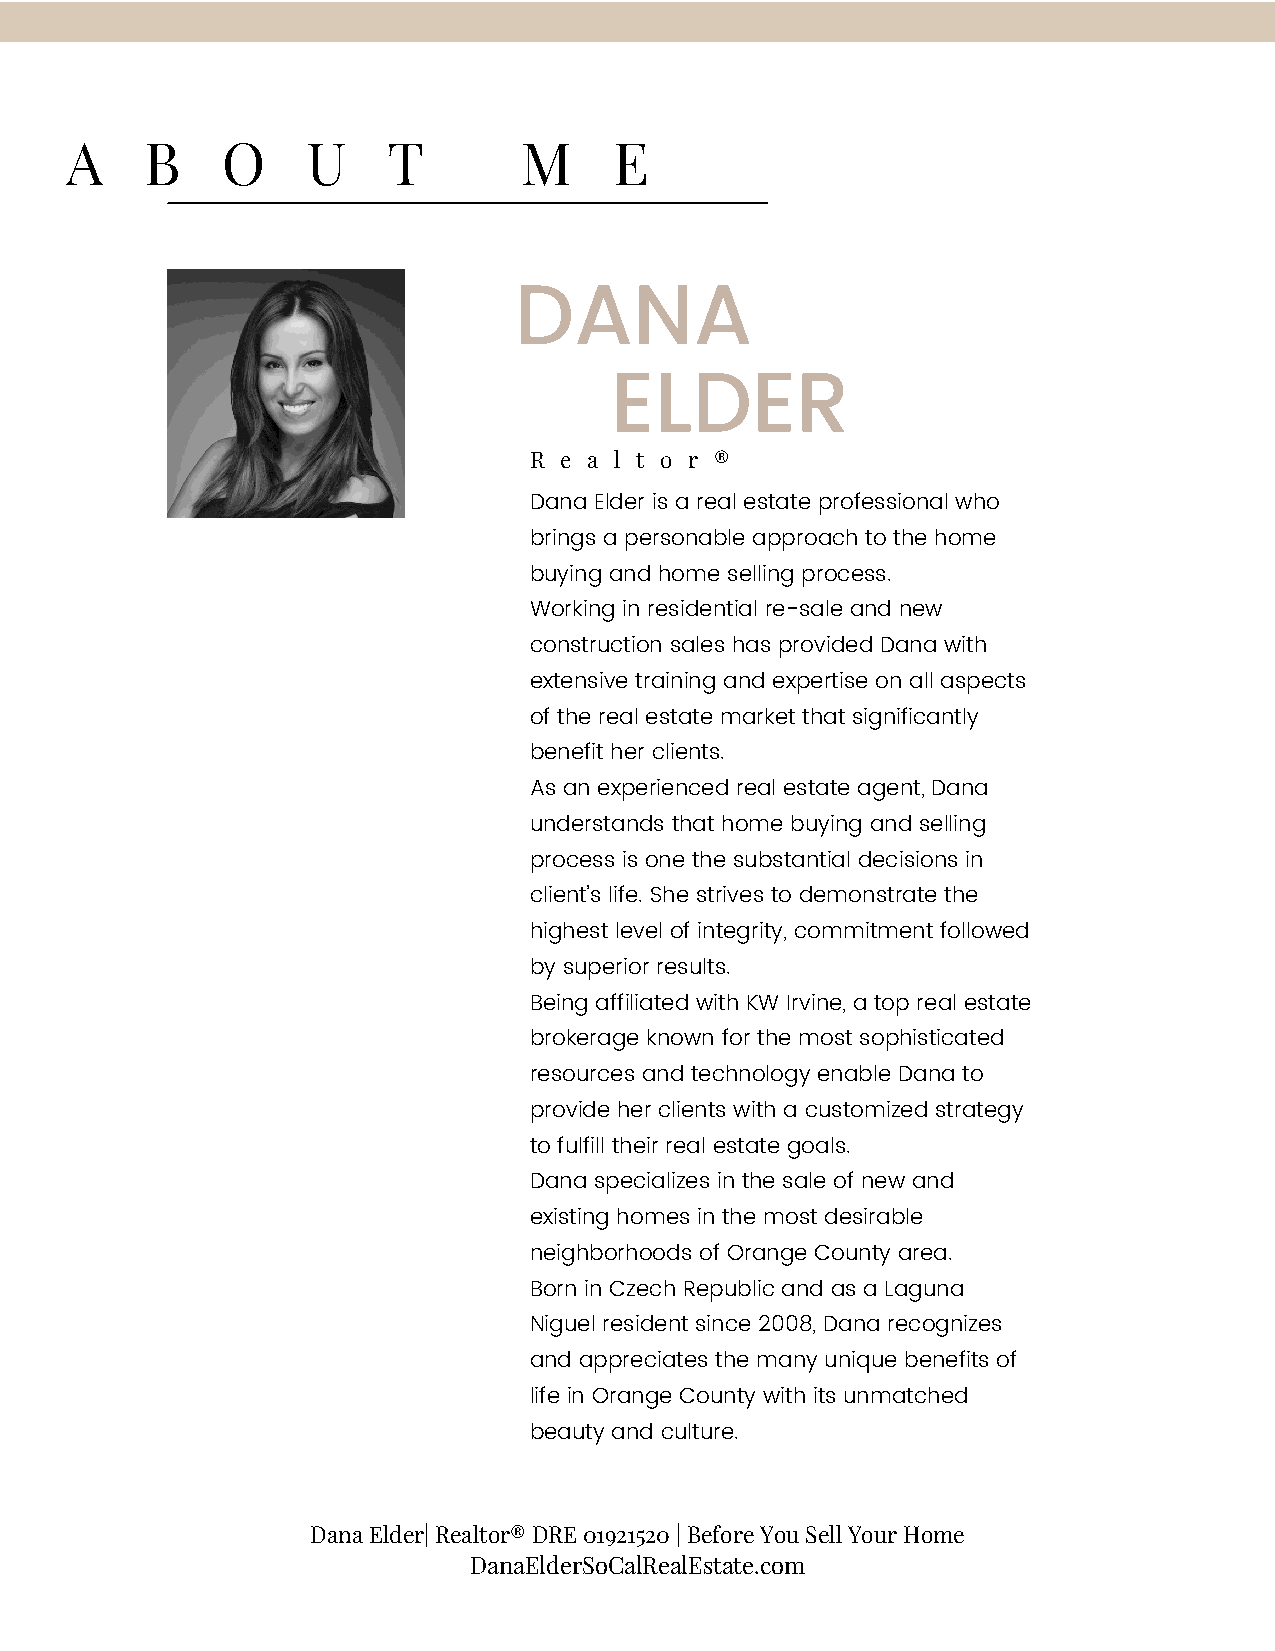
A     B    O    U     T       M      E
 DANA
 ELDER
 R e a l t o r ®
 Dana Elder is a real estate professional who
 brings a personable approach to the home
 buying and home selling process.
 Working in residential re-sale and new
 construction sales has provided Dana with
 extensive training and expertise on all aspects
 of the real estate market that significantly
 benefit her clients.
 As an experienced real estate agent, Dana
 understands that home buying and selling
 process is one the substantial decisions in
 client’s life. She strives to demonstrate the
 highest level of integrity, commitment followed
 by superior results.
 Being affiliated with KW Irvine, a top real estate
 brokerage known for the most sophisticated
 resources and technology enable Dana to
 provide her clients with a customized strategy
 to fulfill their real estate goals.
 Dana specializes in the sale of new and
 existing homes in the most desirable
 neighborhoods of Orange County area.
 Born in Czech Republic and as a Laguna
 Niguel resident since 2008, Dana recognizes
 and appreciates the many unique benefits of
 life in Orange County with its unmatched
 beauty and culture.
 Dana Elder| Realtor® DRE 01921520 | Before You Sell Your Home
 DanaElderSoCalRealEstate.com